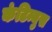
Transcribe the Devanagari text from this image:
कंटिन्युस